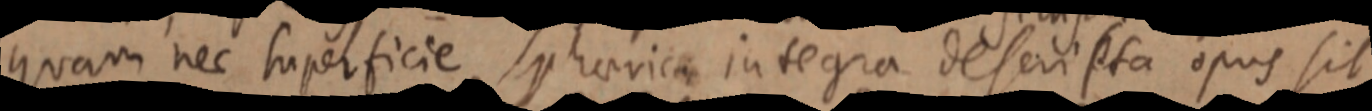
quam nec superficie sphaerica integra descripta opus sit